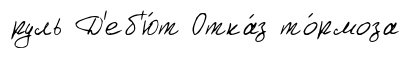
руль Д'еб'ю́т Отка́з то́рмоза